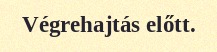
Végrehajtás előtt.